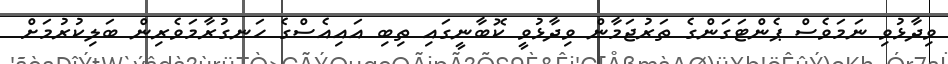
ވިދާޅުވި ނަމަވެސް ޕެންޓަގަންގެ ތަރުޖަމާން ވިދާޅުވީ ކޮބާނީގައި ތިބި އައިއެސްގެ ހަނގުރާމަވެރިން ބަލިކުރުމަށް